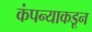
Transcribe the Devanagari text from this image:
कंपन्याकडून